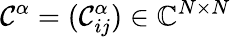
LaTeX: \mathcal{C}^{\alpha}=(\mathcal{C}_{ij}^{\alpha})\in\mathbb{C}^{N\times N}